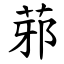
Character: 䓉